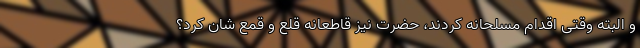
و البته وقتی اقدام مسلحانه کردند، حضرت نیز قاطعانه قلع و قمع شان کرد؟